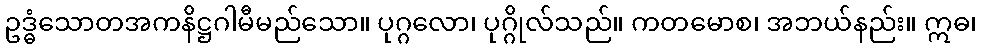
ဥဒ္ဓံသောတအကနိဋ္ဌဂါမီမည်သော။ ပုဂ္ဂလော၊ ပုဂ္ဂိုလ်သည်။ ကတမောစ၊ အဘယ်နည်း။ ဣဓ၊